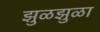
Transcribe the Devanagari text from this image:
झुळझुळा